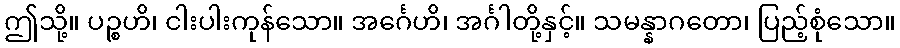
ဤသို့။ ပဉ္စဟိ၊ ငါးပါးကုန်သော။ အင်္ဂေဟိ၊ အင်္ဂါတို့နှင့်။ သမန္နာဂတော၊ ပြည့်စုံသော။